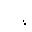
Letter: _da